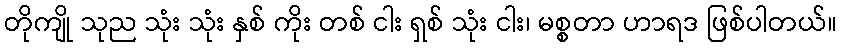
တိုကျို သုည သုံး သုံး နှစ် ကိုး တစ် ငါး ရှစ် သုံး ငါး၊ မစ္စတာ ဟာရဒ ဖြစ်ပါတယ်။